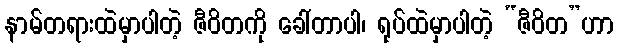
နာမ်တရားထဲမှာပါတဲ့ ဇီဝိတကို ခေါ်တာပါ၊ ရုပ်ထဲမှာပါတဲ့ “ဇီဝိတ”ဟာ